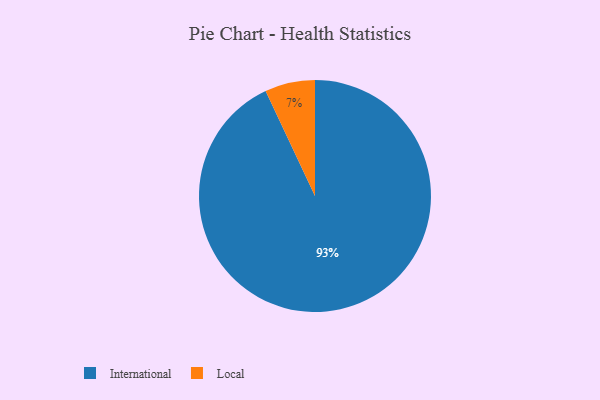
{"axis": {"x": "Category", "y": "Percentage"}, "legend": ["International", "Local"], "data": [{"x": "International", "y": 93, "type": "International"}, {"x": "Local", "y": 7, "type": "Local"}]}